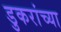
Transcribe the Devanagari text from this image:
डुकरांच्या